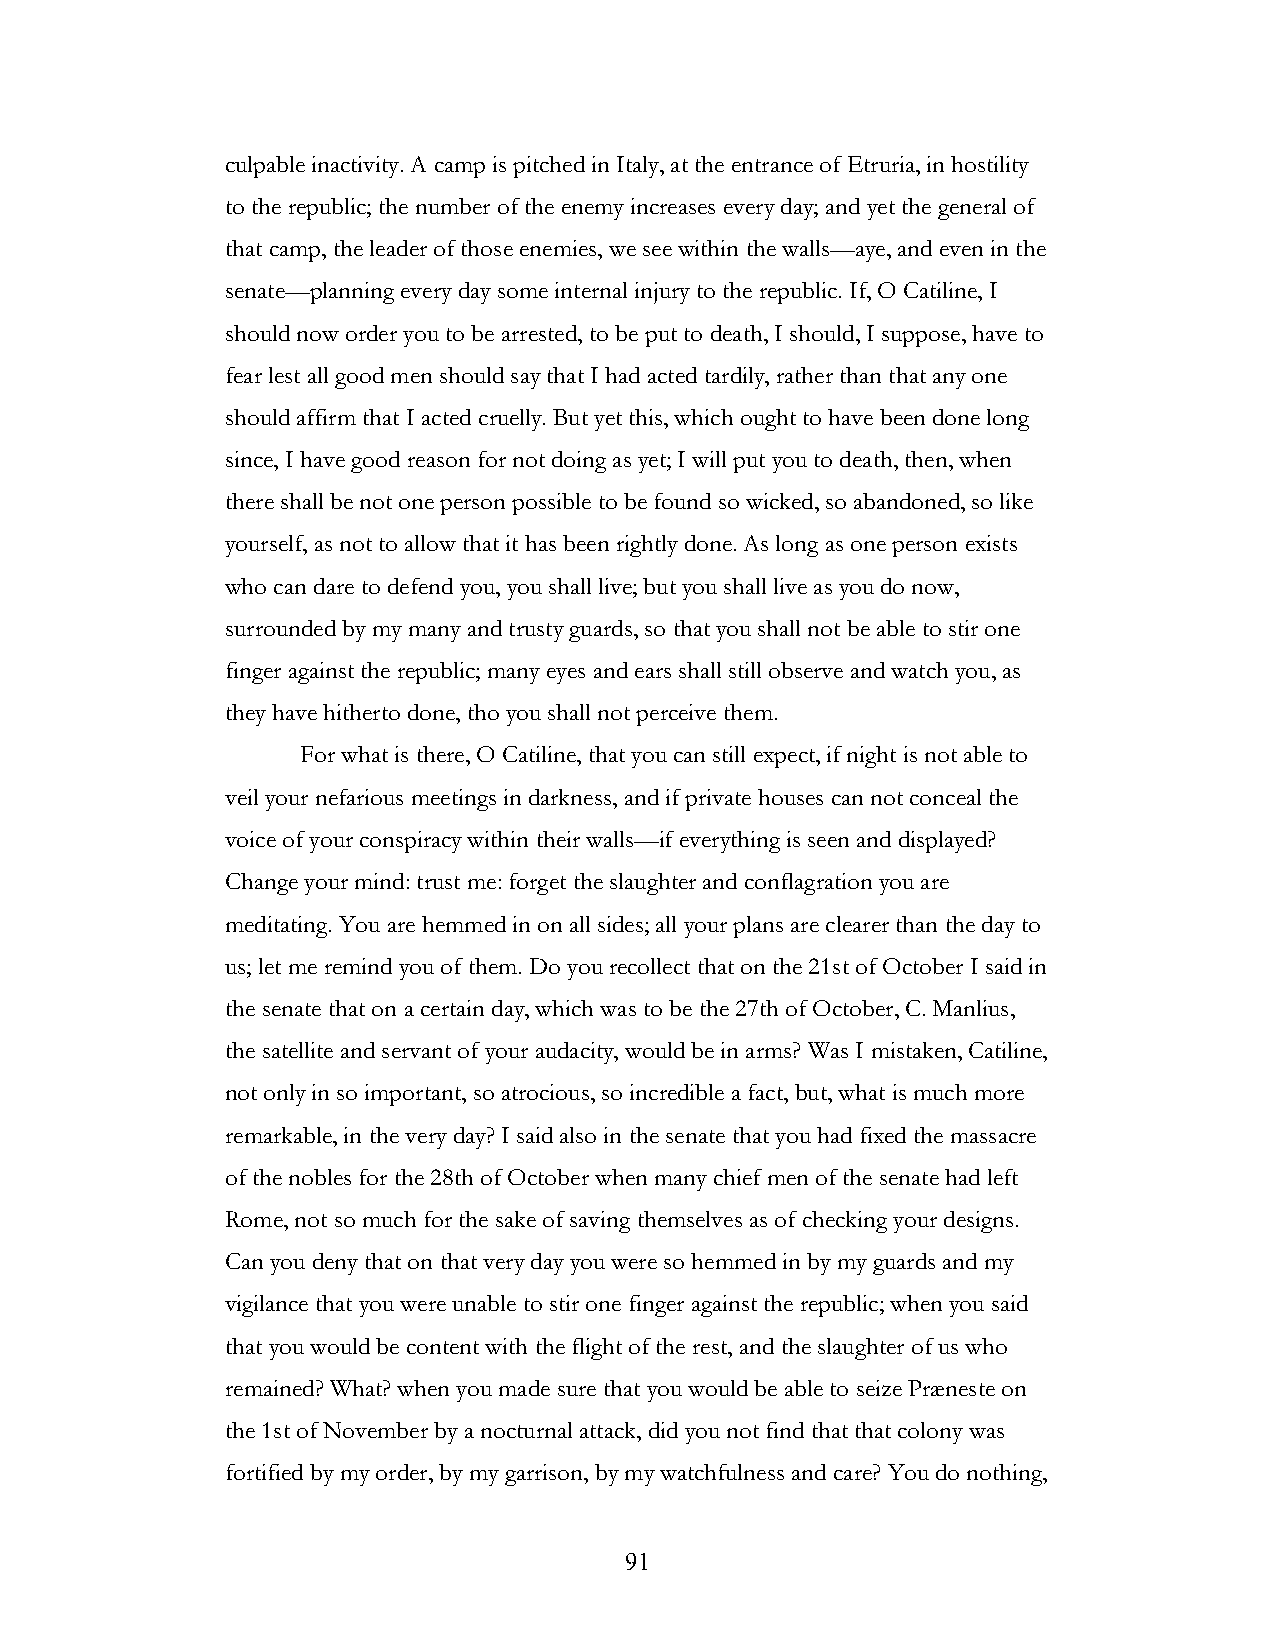
culpable inactivity. A camp is pitched in Italy, at the entrance of Etruria, in hostility
 to the republic; the number of the enemy increases every day; and yet the general of
 that camp, the leader of those enemies, we see within the walls—aye, and even in the
 senate—planning every day some internal injury to the republic. If, O Catiline, I
 should now order you to be arrested, to be put to death, I should, I suppose, have to
 fear lest all good men should say that I had acted tardily, rather than that any one
 should affirm that I acted cruelly. But yet this, which ought to have been done long
 since, I have good reason for not doing as yet; I will put you to death, then, when
 there shall be not one person possible to be found so wicked, so abandoned, so like
 yourself, as not to allow that it has been rightly done. As long as one person exists
 who can dare to defend you, you shall live; but you shall live as you do now,
 surrounded by my many and trusty guards, so that you shall not be able to stir one
 finger against the republic; many eyes and ears shall still observe and watch you, as
 they have hitherto done, tho you shall not perceive them.
 For what is there, O Catiline, that you can still expect, if night is not able to
 veil your nefarious meetings in darkness, and if private houses can not conceal the
 voice of your conspiracy within their walls—if everything is seen and displayed?
 Change your mind: trust me: forget the slaughter and conflagration you are
 meditating. You are hemmed in on all sides; all your plans are clearer than the day to
 us; let me remind you of them. Do you recollect that on the 21st of October I said in
 the senate that on a certain day, which was to be the 27th of October, C. Manlius,
 the satellite and servant of your audacity, would be in arms? Was I mistaken, Catiline,
 not only in so important, so atrocious, so incredible a fact, but, what is much more
 remarkable, in the very day? I said also in the senate that you had fixed the massacre
 of the nobles for the 28th of October when many chief men of the senate had left
 Rome, not so much for the sake of saving themselves as of checking your designs.
 Can you deny that on that very day you were so hemmed in by my guards and my
 vigilance that you were unable to stir one finger against the republic; when you said
 that you would be content with the flight of the rest, and the slaughter of us who
 remained? What? when you made sure that you would be able to seize Præneste on
 the 1st of November by a nocturnal attack, did you not find that that colony was
 fortified by my order, by my garrison, by my watchfulness and care? You do nothing,
 !                         91